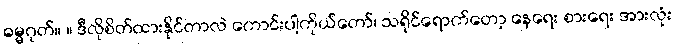
ဓမ္မဂုတ်။ ။ ဒီလိုစိတ်ထားနိုင်တာလဲ ကောင်းပါ့ကိုယ်တော်၊ သရိုင်ရောက်တော့ နေရေး စားရေး အားလုံး